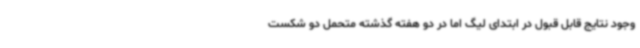
وجود نتایج قابل قبول در ابتدای لیگ اما در دو هفته گذشته متحمل دو شکست